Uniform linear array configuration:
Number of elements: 12
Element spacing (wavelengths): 0.5
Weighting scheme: hamming
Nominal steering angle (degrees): -60
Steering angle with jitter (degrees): -60.073
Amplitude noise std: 0.05
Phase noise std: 0.05

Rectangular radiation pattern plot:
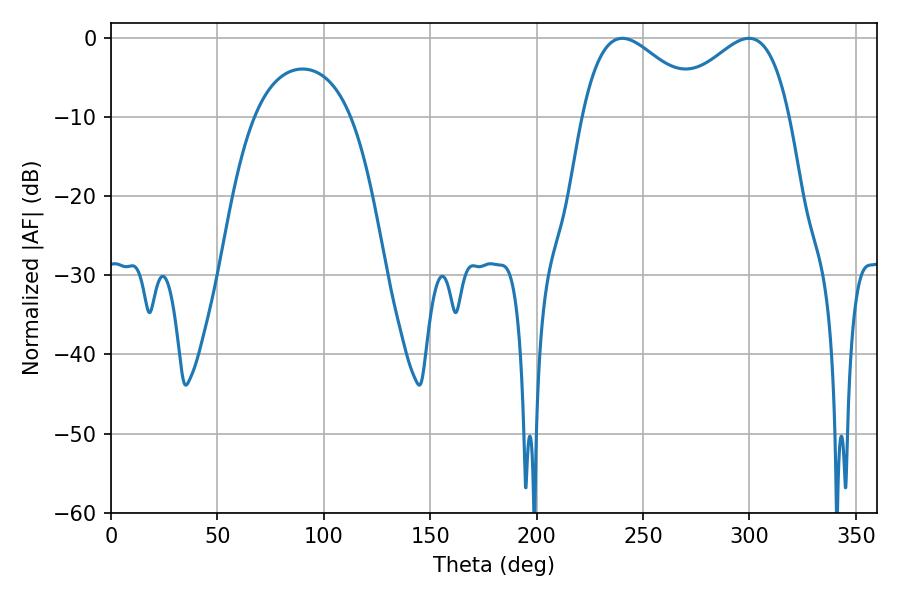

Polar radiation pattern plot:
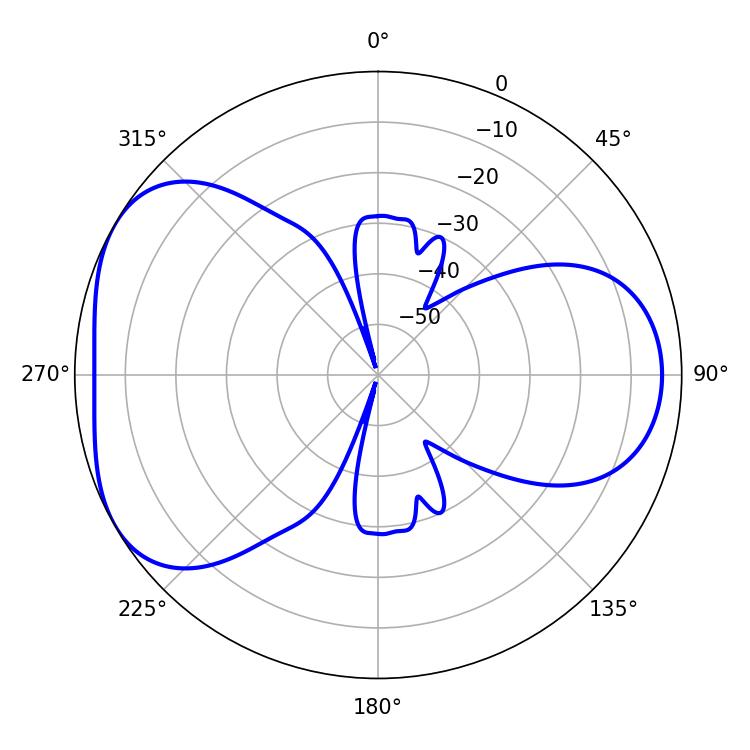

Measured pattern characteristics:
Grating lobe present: FALSE
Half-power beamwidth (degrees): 30.78
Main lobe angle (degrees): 240.3